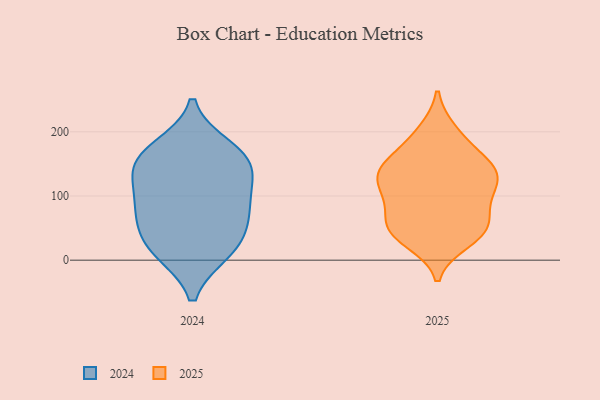
{"axis": {"x": "Net Income (USD K)", "y": "Value"}, "legend": ["2024", "2025"], "data": [{"x": "", "y": 175, "type": "2024"}, {"x": "", "y": 136, "type": "2024"}, {"x": "", "y": 139, "type": "2024"}, {"x": "", "y": 99, "type": "2024"}, {"x": "", "y": 85, "type": "2024"}, {"x": "", "y": 57, "type": "2024"}, {"x": "", "y": 163, "type": "2024"}, {"x": "", "y": 77, "type": "2024"}, {"x": "", "y": 31, "type": "2024"}, {"x": "", "y": 13, "type": "2024"}, {"x": "", "y": 157, "type": "2024"}, {"x": "", "y": 13, "type": "2024"}, {"x": "", "y": 139, "type": "2025"}, {"x": "", "y": 102, "type": "2025"}, {"x": "", "y": 153, "type": "2025"}, {"x": "", "y": 158, "type": "2025"}, {"x": "", "y": 30, "type": "2025"}, {"x": "", "y": 45, "type": "2025"}, {"x": "", "y": 43, "type": "2025"}, {"x": "", "y": 192, "type": "2025"}, {"x": "", "y": 124, "type": "2025"}, {"x": "", "y": 127, "type": "2025"}, {"x": "", "y": 200, "type": "2025"}, {"x": "", "y": 88, "type": "2025"}, {"x": "", "y": 98, "type": "2025"}, {"x": "", "y": 49, "type": "2025"}, {"x": "", "y": 50, "type": "2025"}, {"x": "", "y": 131, "type": "2025"}, {"x": "", "y": 60, "type": "2025"}, {"x": "", "y": 141, "type": "2025"}]}